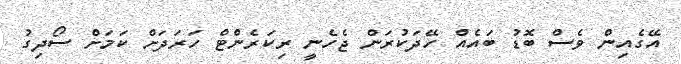
އޭގެއިން ވެސް ބޮޑު ބައެއް ހޭދަކުރަން ޖެހެނީ ރިކަރެންޓް ހަރަދަށް ކަމަށް ސޯދިގު